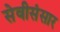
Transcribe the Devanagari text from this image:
सेवीसंसार